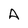
Character: A